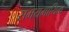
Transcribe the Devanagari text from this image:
समयमायित्व